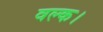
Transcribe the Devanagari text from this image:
वल्क।